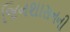
જિનશાસનની